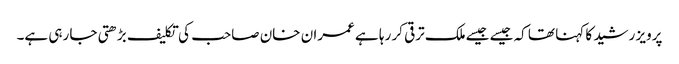
پرویز رشید کا کہنا تھا کہ جیسے جیسےملک ترقی کر رہا ہے عمران خان صاحب کی تکلیف بڑھتی جا رہی ہے۔